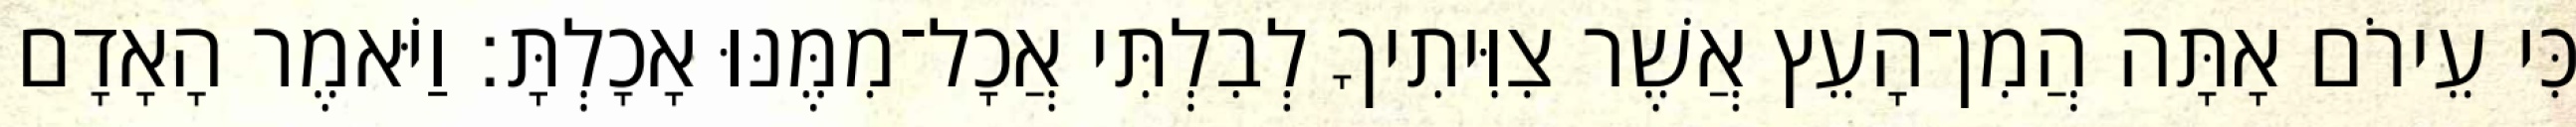
כִּי עֵירֹם אָתָּה הֲמִן־הָעֵץ אֲשֶׁר צִוִּיתִיךָ לְבִלְתִּי אֲכָל־מִמֶּנּוּ אָכָלְתָּ׃ וַיֹּאמֶר הָאָדָם